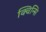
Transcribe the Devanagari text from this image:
क्विन्सि